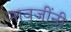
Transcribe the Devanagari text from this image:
नावजींनी